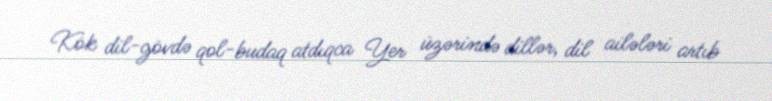
Kök dil-gövdə qol-budaq atdıqca Yer üzərində dillər, dil ailələri artıb